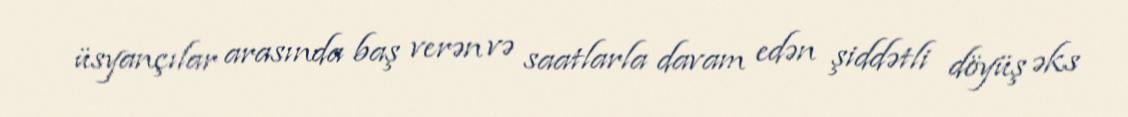
üsyançılar arasında baş verən və saatlarla davam edən şiddətli döyüş əks